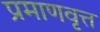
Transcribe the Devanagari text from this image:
प्रमाणवृत्त